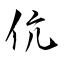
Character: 伉